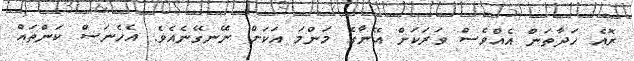
ރޮއެ ހަދާތަން އެއްވެސް ވަރަކަށް އޭނާގެ މަންމަ އަކަށް ނޭނގޭނެއެވެ. އެހެނަސް ކަންތައް